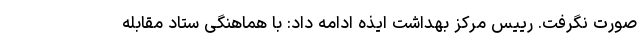
صورت نگرفت. رییس مرکز بهداشت ایذه ادامه داد: با هماهنگی ستاد مقابله